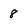
Character: 8